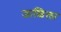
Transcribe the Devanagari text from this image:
जाळिला